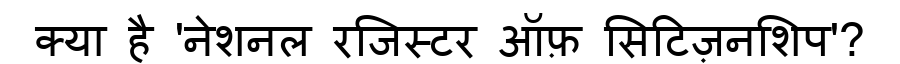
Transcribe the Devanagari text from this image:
क्या है 'नेशनल रजिस्टर ऑफ़ सिटिज़नशिप'?